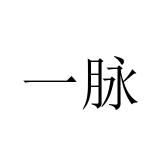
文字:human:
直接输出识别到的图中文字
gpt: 一脉